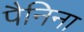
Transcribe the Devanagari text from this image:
पैनिना